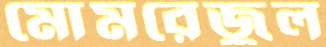
মোমরেজুল